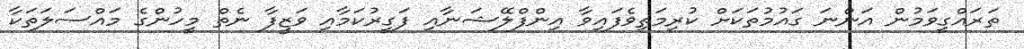
ތަރައްގީވަމުން އަންނަ ގައުމުތަކަށް ކުރިމަތިވެފައިވާ އިންފްލޭޝަނާއި ފަގީރުކަމާއި ވަޒީފާ ނެތް މީހުންގެ މައްސަލަތަކާ